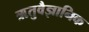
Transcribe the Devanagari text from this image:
ऋतुवैज्ञानिक